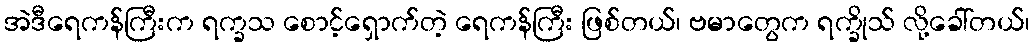
အဲဒီရေကန်ကြီးက ရက္ခသ စောင့်ရှောက်တဲ့ ရေကန်ကြီး ဖြစ်တယ်၊ ဗမာတွေက ရက္ခိုသ် လို့ခေါ်တယ်၊